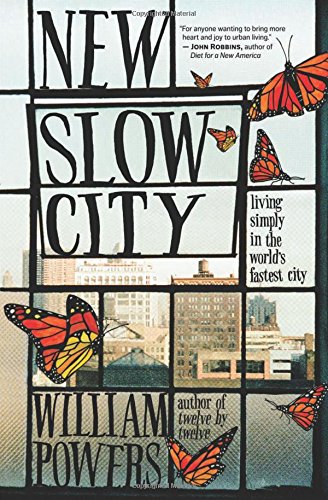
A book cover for New Slow City: Living Simply in the World's Fastest City; William Powers; Business & Money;